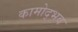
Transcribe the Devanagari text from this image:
कामोद्भव